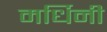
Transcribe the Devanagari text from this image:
मर्धिनी